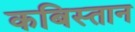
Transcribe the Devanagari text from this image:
कबिस्तान